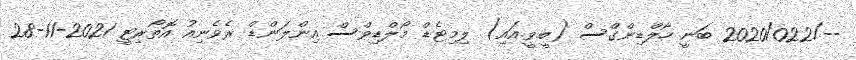
--/2020/022 ބަނީ ހޯލްޑިންގްސް (ބީ.ވީ.އައި) ލިމިޓެޑް މޯލްޑިވްސް އިންލަންޑް ރެވެނިއު އޮތޯރިޓީ 2021-11-28